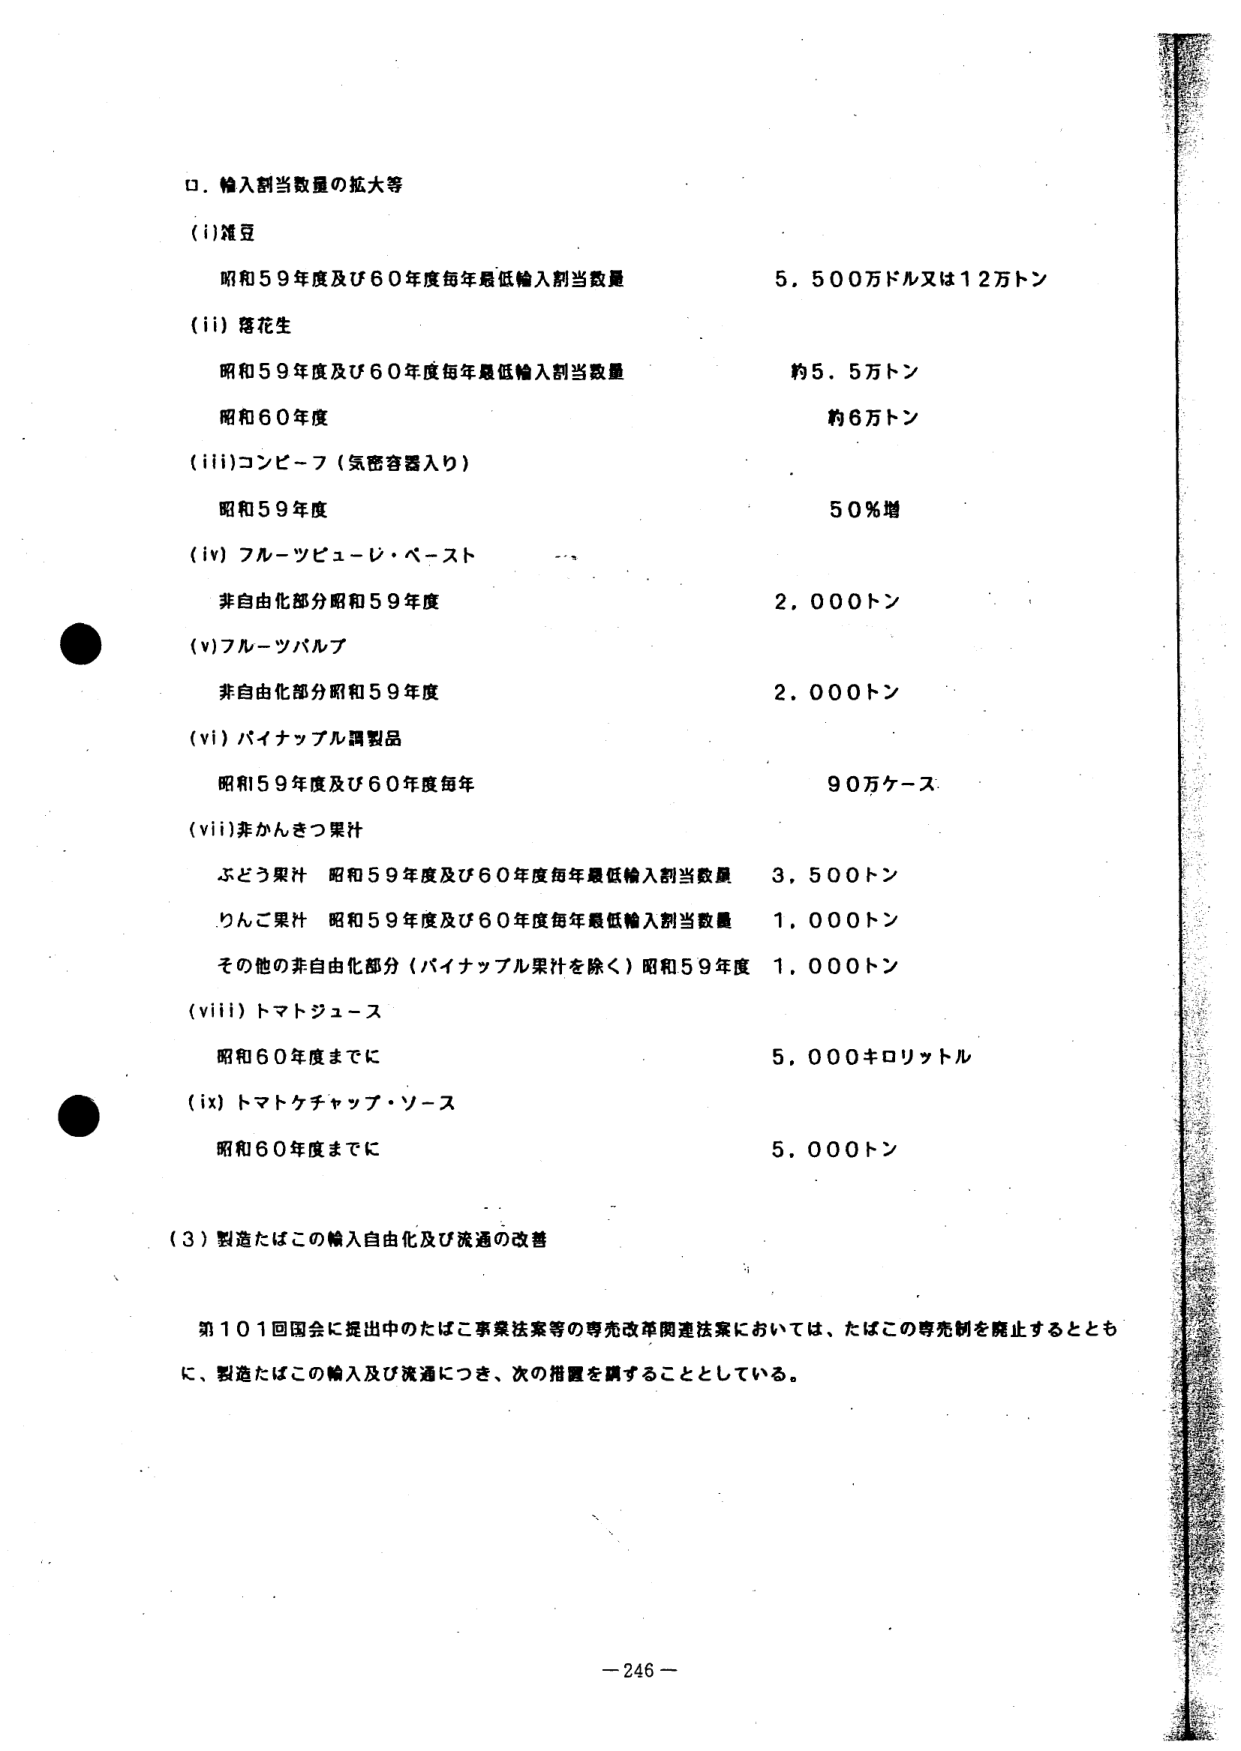
ロ．輸入割当数量の拡大等

（i）雑豆
昭和59年度及び60年度毎年最低輸入割当数量　　5，500万ドル又は12万トン

（ii）落花生
昭和59年度及び60年度毎年最低輸入割当数量　　約5．5万トン
昭和60年度　　　　　　　　　　　　　　　　　　約6万トン

（iii）コンビーフ（気密容器入り）
昭和59年度　　　　　　　　　　　　　　　　　　50％増

（iv）フルーツピューレ・ペースト
非自由化部分昭和59年度　　　　　　　　　　　　2，000トン

（v）フルーツパルプ
非自由化部分昭和59年度　　　　　　　　　　　　2，000トン

（vi）パイナップル調製品
昭和59年度及び60年度毎年　　　　　　　　　　90万ケース

（vii）非かんきつ果汁
ぶどう果汁　昭和59年度及び60年度毎年最低輸入割当数量　　3，500トン
りんご果汁　昭和59年度及び60年度毎年最低輸入割当数量　　1，000トン
その他の非自由化部分（パイナップル果汁を除く）昭和59年度　1，000トン

（viii）トマトジュース
昭和60年度までに　　　　　　　　　　　　　　5，000キロリットル

（ix）トマトケチャップ・ソース
昭和60年度までに　　　　　　　　　　　　　　5，000トン

（3）製造たばこの輸入自由化及び流通の改善

第101回国会に提出中のたばこ事業法案等の専売改革関連法案においては、たばこの専売制を廃止するとともに、製造たばこの輸入及び流通につき、次の措置を講ずることとしている。

－246－